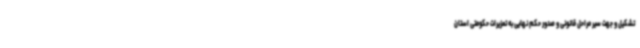
تشکیل و جهت سیر مراحل قانونی و صدور حکم نهایی به تعزیرات حکومتی استان